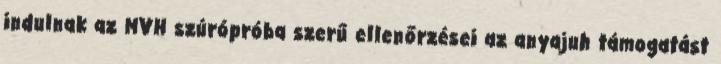
indulnak az MVH szúrópróba szerű ellenőrzései az anyajuh támogatást